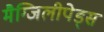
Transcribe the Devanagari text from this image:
मैग्जिलीपेड्स